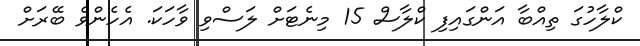
ކްލާހުގަ ތިއްބާ އަންގައިފި ކްލާސް 15 މިނެޓަށް ލަސްވި ވާހަކަ. އެހެންވެ ބޭރަށް